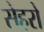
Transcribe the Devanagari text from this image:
सेहरो